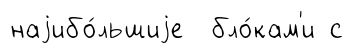
наjибо́льшиjе бло́кам'и с